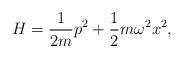
LaTeX: \begin{align*}H = \frac{1}{2m} p^2 + \frac{1}{2}m\omega^2 x^2,\end{align*}